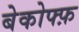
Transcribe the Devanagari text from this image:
बेकोफ्फ़